Report on malaria in the Punjab during the year ...  together with an account of the work of the Punjab Malaria Bureau - Volume 4
Disease focus: Malaria
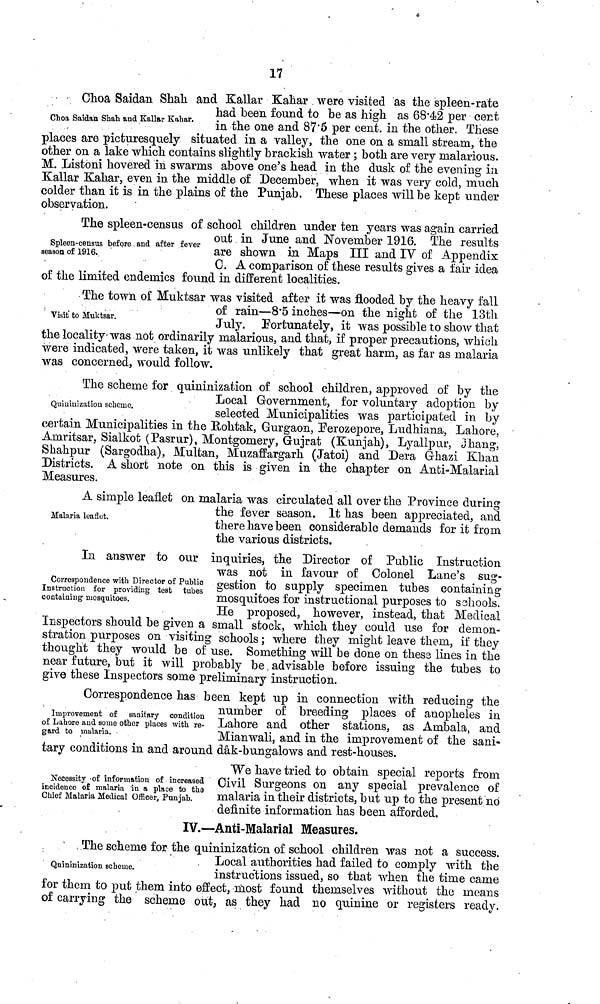
17
Choa Saldan Shall and Kallar Kahar.
Choa Saidan Shah and Kallar Kahar . were visited as the spleen-rate
had been found to be as high as 68.42 per cent
in the one and 87.5 per cent, in the other. These
places are picturesquely situated in a valley, the one on a small stream, the
other on a lake which contains slightly brackish water ; both are very malarious.
M. Listoni hovered in swarms above one's head in the dusk of the evening in
Kallar Kahar, even in the middle of December, when it was very cold, much
colder than it is in the plains of the Punjab. These places will be kept under
observation.
Spleen-census before and after fever
season of 1916.,
The spleen-census of school children under ten years was again carried
out in June and November 1916. The results
are shown in Maps III and IV of Appendix
C. A comparison of these results gives a fair idea
of the limited endemics found in different localities.
Visit to Muktsar.
The town of Muktsar was visited after it was flooded by the heavy fall
of ram—8.5 inches—on the night of the 13th
July. Fortunately, it was possible to show that
the locality- was not ordinarily malarious, and that, if proper precautions, which
were indicated, were taken, it was unlikely that great harm, as far as malaria
was concerned, would follow.
Quininization scheme.
The scheme for quininization of school children, approved of by the
Local Government, for voluntary adoption by
selected Municipalities was participated in by
certain Municipalities in the Hohtak, Gurgaon, Ferozepore, Ludhiana, Lahore,
Amritsar, Sialkot (Pasrur), Montgomery, Gujrat (Kunjah), Lyallpur, Jhang,
Shahpur (Sargodha), Multan, Muzaffargarh (Jatoi) and Dera Ghazi Khan
Districts. A short note on this is given in the chapter on Anti-Malarial
Measures.
Malaria leaflet.
A simple leaflet on malaria was circulated all over the Province during
the fever season. It has been appreciated, and
there have been considerable demands for it from
the various districts.
Correspondence with Director of Public
Instruction for providing teat tubes
containing mosquitoes.
In answer to our inquiries, the Director of Public Instruction
was not in favour of Colonel Lane's sug-
gestion to supply specimen tubes containing
mosquitoes for instructional purposes to schools.
He proposed, however, instead, that Medical
Inspectors should be given a small stock, which they could use for demon-
stration purposes on visiting schools; where they might leave them, if they
thought they would be of use. Something will be done on these lines in the
near future, but it will probably be advisable before issuing the tubes to
give these Inspectors some preliminary instruction.
Improvement of sanitary condition
of Lahore and some other places with re-
gard to malaria.
Correspondence has been kept up in connection with reducing the
number of breeding places of anopheles in
Lahore and other stations, as Ambala, and
Mianwali, and in the improvement of the sani-
tary conditions m and around dak-bungalows and rest-houses.
Necessity of information of increased
incidence of malaria in a place to the
Chief Malaria Medical Officer, Punjab.
We have tried to obtain special reports from
Civil Surgeons on any special prevalence of
malaria in their districts, but up to the present no
definite information has been afforded.
IV.—Anti-Malarial Measures.
Quininization scheme.
The scheme for the quininization of school children was not a success.
Local authorities had failed to comply with the
instructions issued, so that when the time came
for them to put them into effect, most found themselves without the means
of carrying the scheme out, as they had no quinine or registers ready.